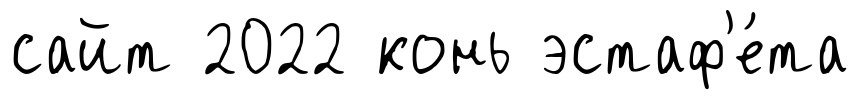
сайт 2022 конь эстаф'е́та